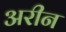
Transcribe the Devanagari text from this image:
अरीन